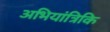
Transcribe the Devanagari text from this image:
अभियांत्रिकि